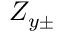
Z _ { y \pm }